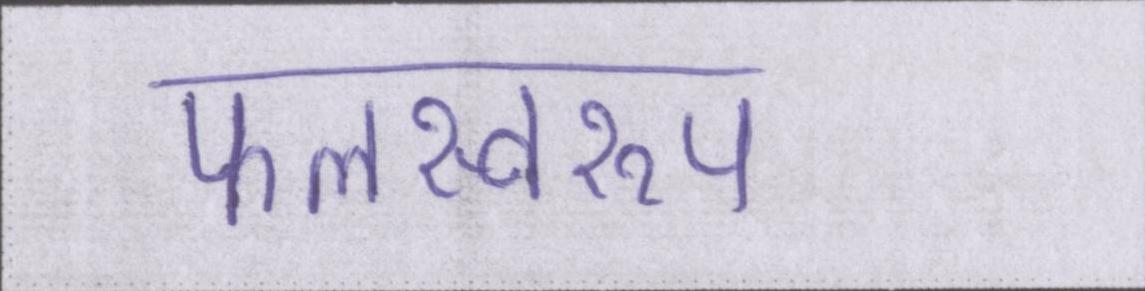
फलस्वरूप